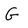
Character: G